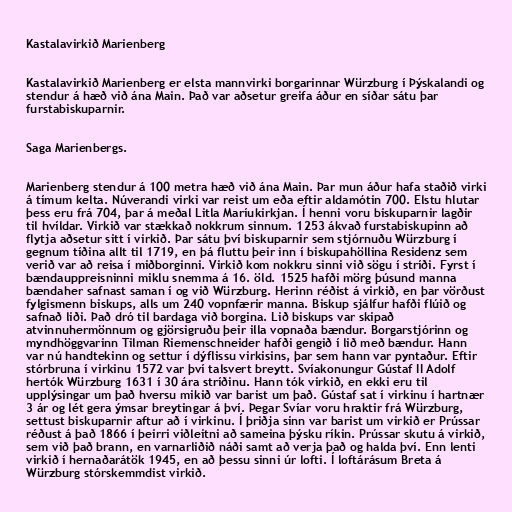
Kastalavirkið Marienberg

Kastalavirkið Marienberg er elsta mannvirki borgarinnar Würzburg í Þýskalandi og
stendur á hæð við ána Main. Það var aðsetur greifa áður en síðar sátu þar
furstabiskuparnir.

Saga Marienbergs.

Marienberg stendur á 100 metra hæð við ána Main. Þar mun áður hafa staðið virki
á tímum kelta. Núverandi virki var reist um eða eftir aldamótin 700. Elstu hlutar
þess eru frá 704, þar á meðal Litla Maríukirkjan. Í henni voru biskuparnir lagðir
til hvíldar. Virkið var stækkað nokkrum sinnum. 1253 ákvað furstabiskupinn að
flytja aðsetur sitt í virkið. Þar sátu því biskuparnir sem stjórnuðu Würzburg í
gegnum tíðina allt til 1719, en þá fluttu þeir inn í biskupahöllina Residenz sem
verið var að reisa í miðborginni. Virkið kom nokkru sinni við sögu í stríði. Fyrst í
bændauppreisninni miklu snemma á 16. öld. 1525 hafði mörg þúsund manna
bændaher safnast saman í og við Würzburg. Herinn réðist á virkið, en þar vörðust
fylgismenn biskups, alls um 240 vopnfærir manna. Biskup sjálfur hafði flúið og
safnað liði. Það dró til bardaga við borgina. Lið biskups var skipað
atvinnuhermönnum og gjörsigruðu þeir illa vopnaða bændur. Borgarstjórinn og
myndhöggvarinn Tilman Riemenschneider hafði gengið í lið með bændur. Hann
var nú handtekinn og settur í dýflissu virkisins, þar sem hann var pyntaður. Eftir
stórbruna í virkinu 1572 var því talsvert breytt. Svíakonungur Gústaf II Adolf
hertók Würzburg 1631 í 30 ára stríðinu. Hann tók virkið, en ekki eru til
upplýsingar um það hversu mikið var barist um það. Gústaf sat í virkinu í hartnær
3 ár og lét gera ýmsar breytingar á því. Þegar Svíar voru hraktir frá Würzburg,
settust biskuparnir aftur að í virkinu. Í þriðja sinn var barist um virkið er Prússar
réðust á það 1866 í þeirri viðleitni að sameina þýsku ríkin. Prússar skutu á virkið,
sem við það brann, en varnarliðið náði samt að verja það og halda því. Enn lenti
virkið í hernaðarátök 1945, en að þessu sinni úr lofti. Í loftárásum Breta á
Würzburg stórskemmdist virkið.